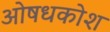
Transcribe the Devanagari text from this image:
ओषधकोश